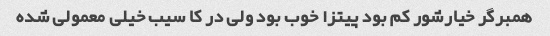
همبرگر خیارشور کم بود پیتزا خوب بود ولی در کا سیب خیلی معمولی شده